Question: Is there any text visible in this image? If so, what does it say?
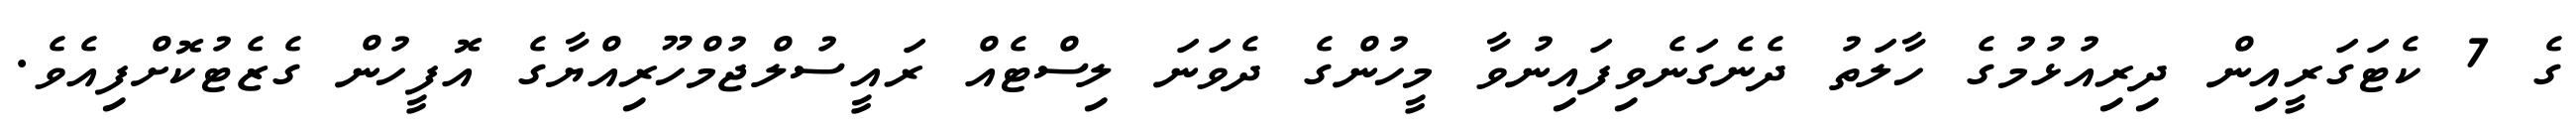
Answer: ގެ 7 ކެޓަގަރީއިން ދިރިއުޅުމުގެ ހާލަތު ދެނެގަނެވިފައިނުވާ މީހުންގެ ދެވަނަ ލިސްޓެއް ރައީސުލްޖުމްހޫރިއްޔާގެ އޮފީހުން ގެޒެޓުކޮށްފިއެވެ.